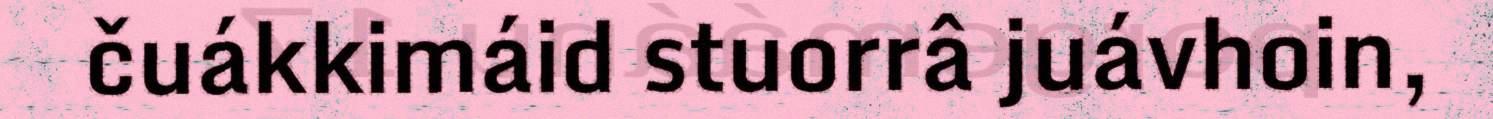
čuákkimáid stuorrâ juávhoin,